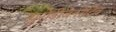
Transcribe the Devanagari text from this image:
न्युरोडीजेनरेटिव